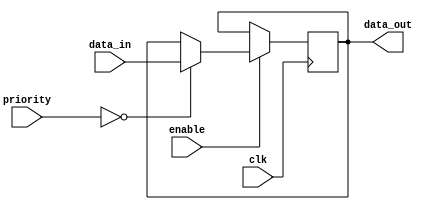
module priority_bypass_register (
    input wire clk,
    input wire enable,
    input wire [3:0] priority,
    input wire [3:0] data_in,
    output reg [3:0] data_out
);

reg [3:0] priority_data;

always @(posedge clk) begin
    if (enable) begin
        case (priority)
            0: priority_data <= data_in;
            1: priority_data <= priority_data;
            2: priority_data <= priority_data;
            3: priority_data <= priority_data;
            default: priority_data <= priority_data;
        endcase
    end
end

assign data_out = priority_data;

endmodule